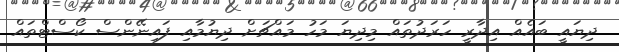
ދިޔައީ ބައެއް އިދާރީ ހަރަދުތައް މިދިޔަ މަހު މައްޗަށް ދިޔުމާއި ފައިނޭންސް ކޯސްޓްތައް